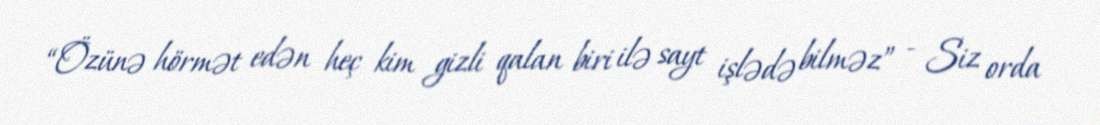
“Özünə hörmət edən heç kim gizli qalan biri ilə sayt işlədə bilməz” - Siz orda